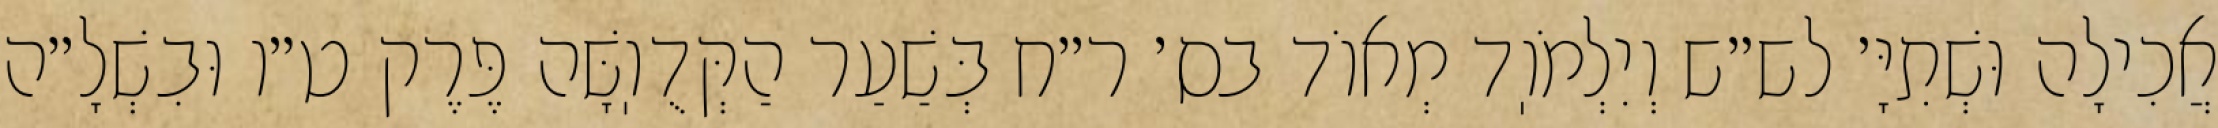
אֲכִילָה וּשְׁתִיָּ׳ לש״ש וְיִלְמֹוֽד מְאוֹד בס׳ ר״ח בְּשַׁעַר הַקְּדֻוֽשָּׁה פֶּרֶק ט״ו וּבִשְׁלָ״ה